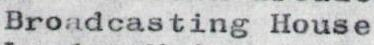
Broadcasting House